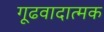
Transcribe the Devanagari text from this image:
गूढवादात्मक